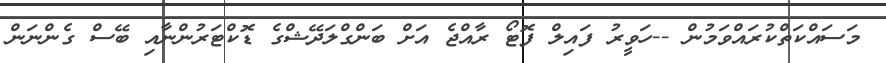
މަސައްކަތްކުރައްވަމުން --ހަވީރު ފައިލް ފޮޓޯ ރާއްޖެ އަށް ބަންގްލަދޭޝްގެ ޑޮކްޓަރުންނާއި ބޭސް ގެންނަން